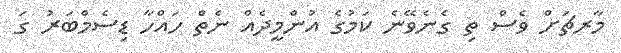
މާރޗަށް ވެސް ތި ގެނެވޭނެ ކަމުގެ އުންމީދެއް ނެތް ހައްހާ ޑިސެމްބަރު ގަ